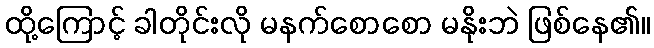
ထို့ကြောင့် ခါတိုင်းလို မနက်စောစော မနိုးဘဲ ဖြစ်နေ၏။